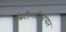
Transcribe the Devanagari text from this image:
ब्रिटीशांविरोधात